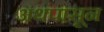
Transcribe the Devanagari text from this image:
अथपासून